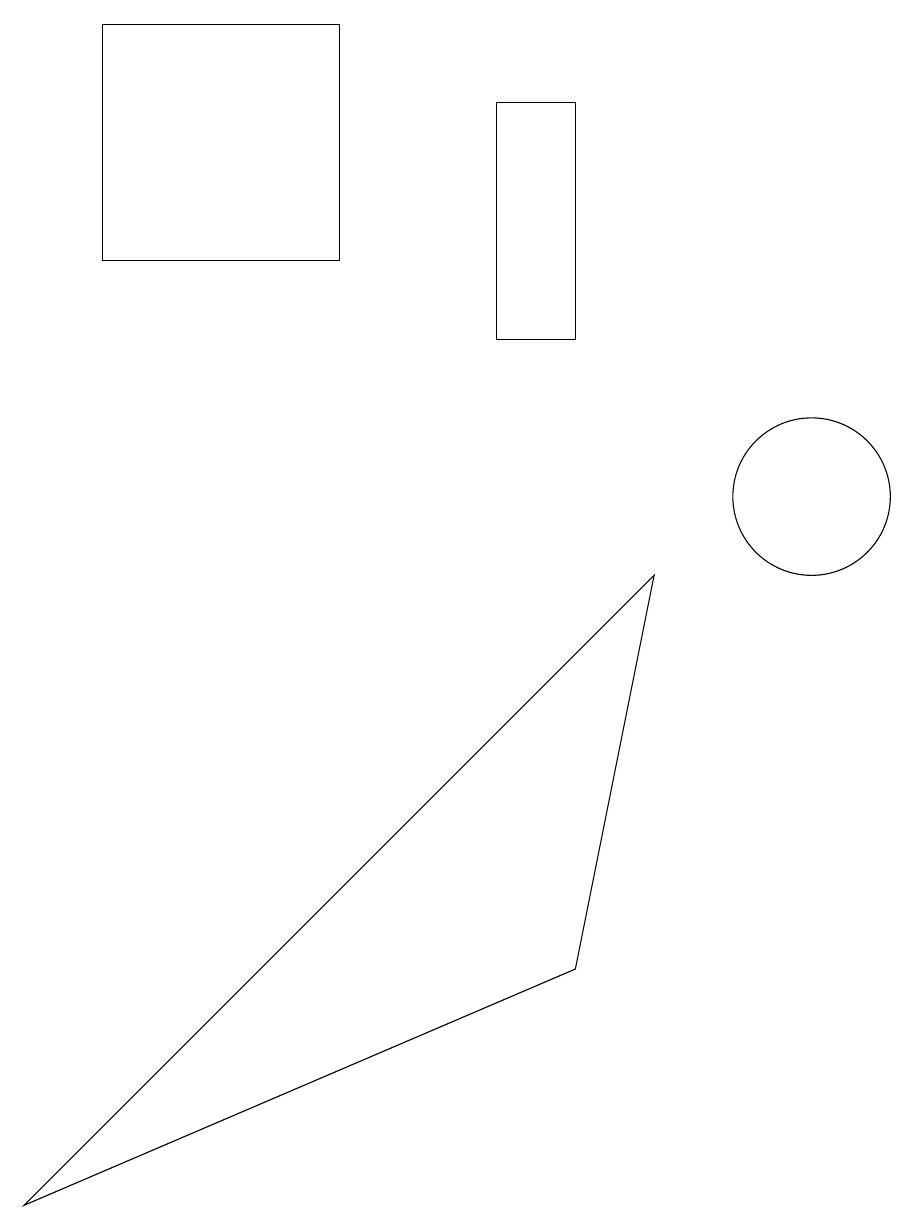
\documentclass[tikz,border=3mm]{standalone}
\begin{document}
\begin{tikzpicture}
\draw (2,16) rectangle (5,13);
\draw (8,15) rectangle (7,12);
\draw (11,10) circle (1);
\draw (1,1) -- (9,9) -- (8,4) -- cycle;
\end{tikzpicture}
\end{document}